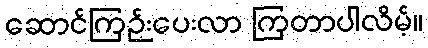
ဆောင်ကြဉ်းပေးလာ ကြတာပါလိမ့်။